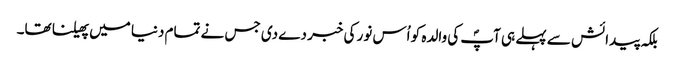
بلکہ پیدائش سے پہلے ہی آپؐ کی والدہ کو اُس نور کی خبر دے دی جس نے تمام دنیا میں پھیلنا تھا۔